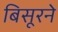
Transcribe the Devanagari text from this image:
बिसूरने